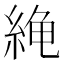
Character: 𫃧